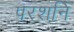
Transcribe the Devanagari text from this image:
परशनि